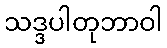
သဒ္ဒပါတုဘာဝါ